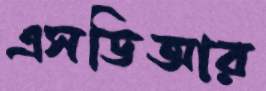
এসডিআর